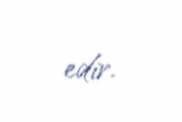
edir.